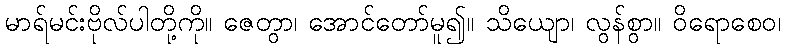
မာရ်မင်းဗိုလ်ပါတို့ကို။ ဇေတွာ၊ အောင်တော်မူ၍။ သိယျော၊ လွန်စွာ။ ဝိရောစေဝ၊